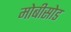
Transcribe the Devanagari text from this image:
मोबीसोड